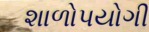
શાળોપયોગી